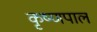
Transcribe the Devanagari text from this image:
कृष्णपाल